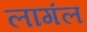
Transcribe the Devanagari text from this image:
लागंल